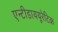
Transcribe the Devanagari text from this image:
एन्टीडाययूरेटिक